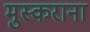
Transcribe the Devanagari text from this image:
मुस्कराना